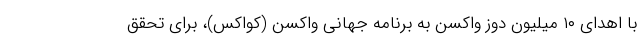
با اهدای ۱۰ میلیون دوز واکسن به برنامه جهانی واکسن (کواکس)، برای تحقق